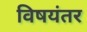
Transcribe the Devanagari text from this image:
विषयंतर